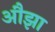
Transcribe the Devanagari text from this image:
औझा